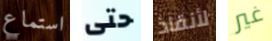
استماع حتى لأنقاذ غير